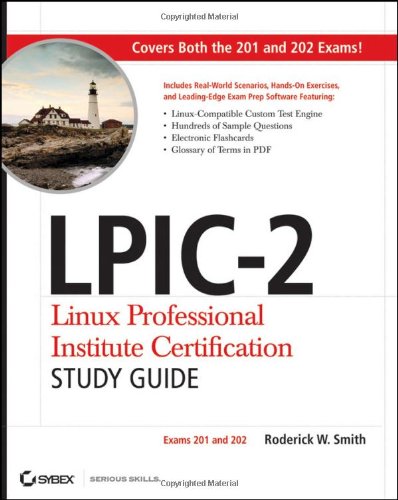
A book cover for LPIC-2 Linux Professional Institute Certification Study Guide: Exams 201 and 202; Roderick W. Smith; Computers & Technology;